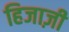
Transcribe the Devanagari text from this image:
हिजाज़ी